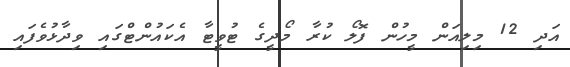
އަދި 12 މިލިއަން މީހުން ފޮލޯ ކުރާ މޯދީގެ ޓުވީޓާ އެކައުންޓްގައި ވިދާޅުވެފައި